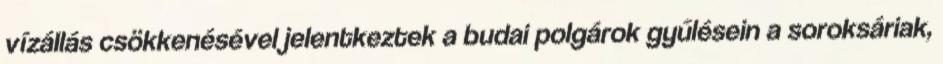
vízállás csökkenésével jelentkeztek a budai polgárok gyűlésein a soroksáriak,